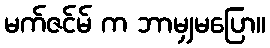
မက်ဇင်မ် က ဘာမျှမပြော။